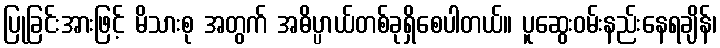
ပြုခြင်းအားဖြင့် မိသားစု အတွက် အဓိပ္ပာယ်တစ်ခုရှိစေပါတယ်။ ပူဆွေးဝမ်းနည်းနေရချိန်၊